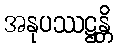
အနုပဿဋ္ဌန္တိ